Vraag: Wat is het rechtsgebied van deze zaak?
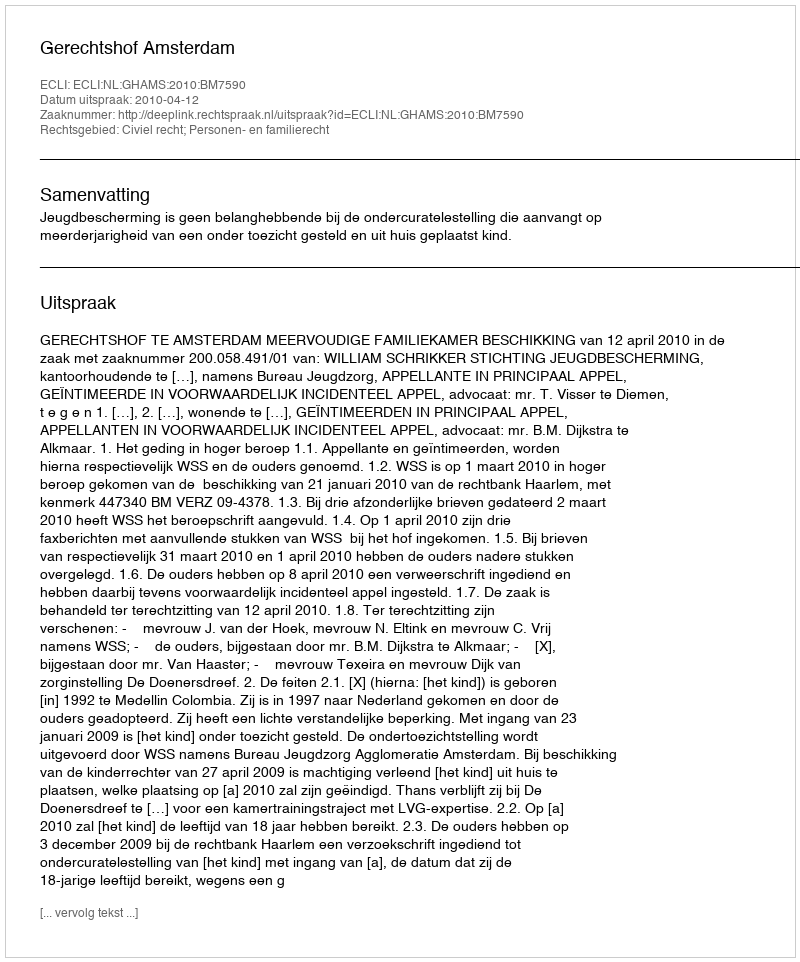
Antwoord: Civiel recht; Personen- en familierecht